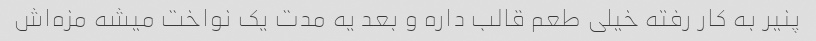
پنیر به کار رفته خیلی طعم قالب داره و بعد یه مدت یک نواخت میشه مزه‌اش